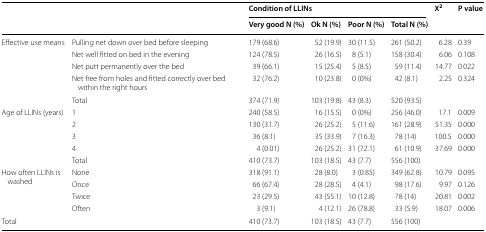
<table><thead><tr><td rowspan="2" colspan="2"></td><td colspan="4"><b>Condition of LLINs</b></td><td rowspan="2"><b>X<sup>2</sup></b></td><td rowspan="2"><b>P value</b></td></tr><tr><td><b>Very good N (%)</b></td><td><b>Ok N (%)</b></td><td><b>Poor N (%)</b></td><td><b>Total N (%)</b></td></tr></thead><tbody><tr><td rowspan="5">Effective use means</td><td>Pulling net down over bed before sleeping</td><td>179 (68.6)</td><td>52 (19.9)</td><td>30 (11.5)</td><td>261 (50.2)</td><td>6.28</td><td>0.39</td></tr><tr><td>Net well fitted on bed in the evening</td><td>124 (78.5)</td><td>26 (16.5)</td><td>8 (5.1)</td><td>158 (30.4)</td><td>6.06</td><td>0.108</td></tr><tr><td>Net putt permanently over the bed</td><td>39 (66.1)</td><td>15 (25.4)</td><td>5 (8.5)</td><td>59 (11.4)</td><td>14.77</td><td>0.022</td></tr><tr><td>Net free from holes and fitted correctly over bed within the right hours</td><td>32 (76.2)</td><td>10 (23.8)</td><td>0 (0%)</td><td>42 (8.1)</td><td>2.25</td><td>0.324</td></tr><tr><td>Total</td><td>374 (71.9)</td><td>103 (19.8)</td><td>43 (8.3)</td><td>520 (93.5)</td><td></td><td></td></tr><tr><td rowspan="5">Age of LLINs (years)</td><td>1</td><td>240 (58.5)</td><td>16 (15.5)</td><td>0 (0%)</td><td>256 (46.0)</td><td>17.1</td><td>0.009</td></tr><tr><td>2</td><td>130 (31.7)</td><td>26 (25.2)</td><td>5 (11.6)</td><td>161 (28.9)</td><td>51.35</td><td>0.000</td></tr><tr><td>3</td><td>36 (8.1)</td><td>35 (33.9)</td><td>7 (16.3)</td><td>78 (14)</td><td>100.5</td><td>0.000</td></tr><tr><td>4</td><td>4 (0.01)</td><td>26 (25.2)</td><td>31 (72.1)</td><td>61 (10.9)</td><td>37.69</td><td>0.000</td></tr><tr><td>Total</td><td>410 (73.7)</td><td>103 (18.5)</td><td>43 (7.7)</td><td>556 (100)</td><td></td><td></td></tr><tr><td rowspan="4">How often LLINs is washed</td><td>None</td><td>318 (91.1)</td><td>28 (8.0)</td><td>3 (0.85)</td><td>349 (62.8)</td><td>10.79</td><td>0.095</td></tr><tr><td>Once</td><td>66 (67.4)</td><td>28 (28.5)</td><td>4 (4.1)</td><td>98 (17.6)</td><td>9.97</td><td>0.126</td></tr><tr><td>Twice</td><td>23 (29.5)</td><td>43 (55.1)</td><td>10 (12.8)</td><td>78 (14)</td><td>20.81</td><td>0.002</td></tr><tr><td>Often</td><td>3 (9.1)</td><td>4 (12.1)</td><td>26 (78.8)</td><td>33 (5.9)</td><td>18.07</td><td>0.006</td></tr><tr><td>Total</td><td></td><td>410 (73.7)</td><td>103 (18.5)</td><td>43 (7.7)</td><td>556 (100)</td><td></td><td></td></tr></tbody></table>